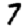
Digit: 7